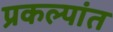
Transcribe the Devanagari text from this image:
प्रकल्पांत